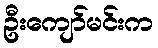
ဦးကျော်မင်းက